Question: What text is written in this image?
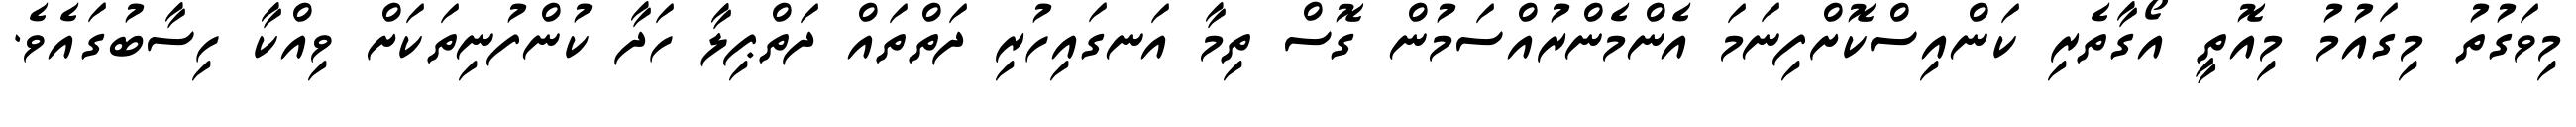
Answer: މިވަގުތު މިގައުމު މިއޮތީ އޯގާތެރި ކަންއިސްކޮށްފިނަމަ އެންމެންރުއްސަމުން ގޮސް ތިމާ އަނގައިހުރި ދަތްތައް ދަތްޕިލާ ހަދާ ކުންފުނިތަކަށް ވިއްކާ ހިސާބުގައެވެ.